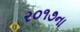
ર૦૧૭ના